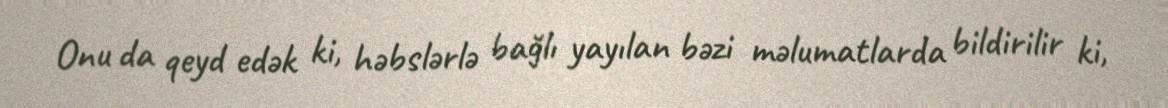
Onu da qeyd edək ki, həbslərlə bağlı yayılan bəzi məlumatlarda bildirilir ki,